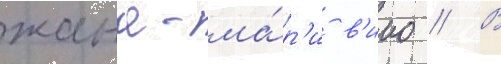
жана-ма́р'и в'иио // В